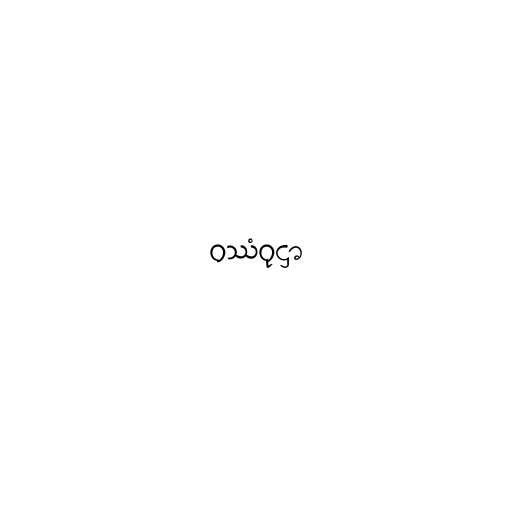
ဝဿံဝုဋ္ဌာ